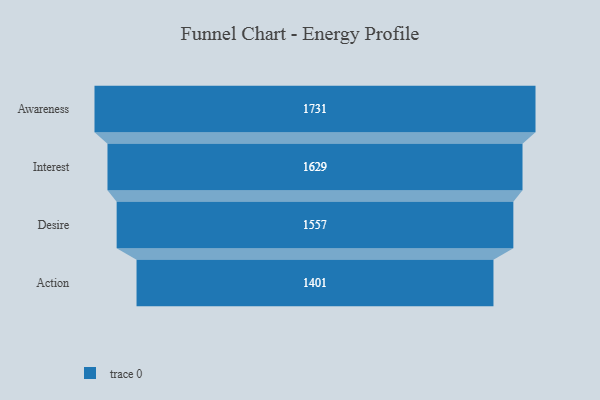
{"axis": {"x": "Stage", "y": "Value"}, "legend": [""], "data": [{"x": "Awareness", "y": 1731.0, "type": ""}, {"x": "Interest", "y": 1629.0, "type": ""}, {"x": "Desire", "y": 1557.0, "type": ""}, {"x": "Action", "y": 1401.0, "type": ""}]}